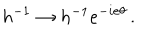
h ^ { - 1 } \to h ^ { - 1 } { e } ^ { - i { \mathrm { e } } \theta } \, .